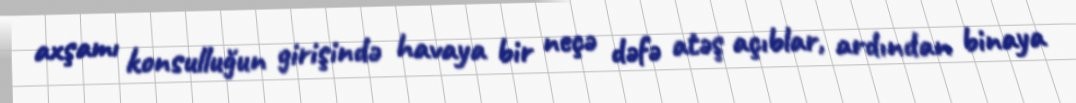
axşamı konsulluğun girişində havaya bir neçə dəfə atəş açıblar, ardından binaya